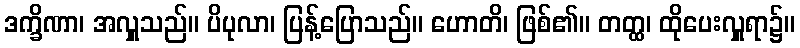
ဒက္ခိဏာ၊ အလှူသည်။ ပိပုလာ၊ ပြန့်ပြောသည်။ ဟောတိ၊ ဖြစ်၏။ တတ္ထ၊ ထိုပေးလှူရာ၌။